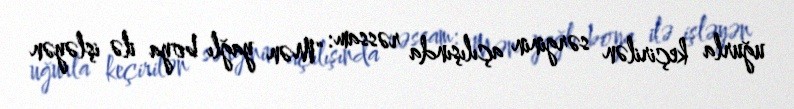
uğurla keçirilən sərginin açılışında rəssam: "Mən yağlı boya ilə işləyən